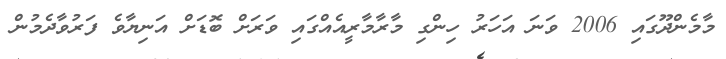
މާމެންދޫގައި 2006 ވަނަ އަހަރު ހިންގި މާރާމާރީއެއްގައި ވަރަށް ބޮޑަށް އަނިޔާވެ ފަރުވާދެމުން